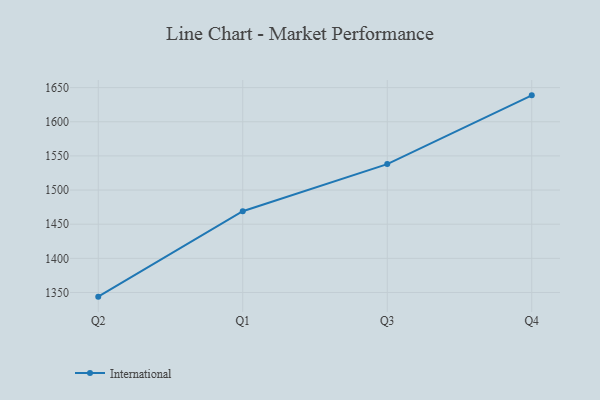
{"axis": {"x": "Quarter", "y": "Market Share (%)"}, "legend": ["International"], "data": [{"x": "Q2", "y": 1343.9, "type": "International"}, {"x": "Q1", "y": 1469.0, "type": "International"}, {"x": "Q3", "y": 1538.0, "type": "International"}, {"x": "Q4", "y": 1638.7, "type": "International"}]}